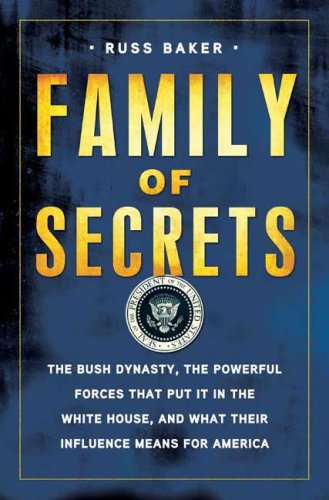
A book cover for Family of Secrets: The Bush Dynasty, the Powerful Forces That Put It in the White House, and What Their Influence Means for America; Russ Baker; Business & Money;